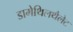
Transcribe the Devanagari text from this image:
डामेथिलथैलेट